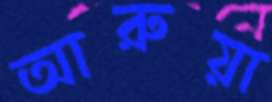
আরুয়া